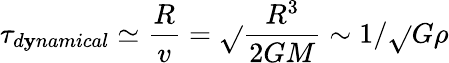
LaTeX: \tau_{d\mathbf{y}namical}\simeq{\frac{{R}}{{v}}}={\sqrt{}{{\frac{{R^{3}}}{{2GM}}}}}\sim1/{\sqrt{}{{G\rho}}}